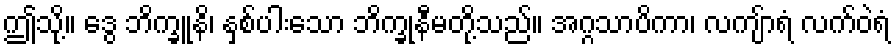
ဤသို့။ ဒွေ ဘိက္ခူနိ၊ နှစ်ပါးသော ဘိက္ခုနီမတို့သည်။ အဂ္ဂသာပိကာ၊ လကျ်ာရံ လက်ဝဲရံ